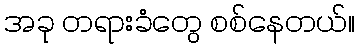
အခု တရားခံတွေ စစ်နေတယ်။